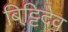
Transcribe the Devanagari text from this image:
बिट्टिदेव